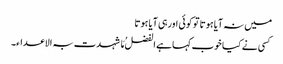
میں نہ آیا ہوتا توکوئی اورہی آیا ہوتا
کسی نے کیا خوب کہا ہے الفضلُ مَا شہدت بہ الاعداء۔